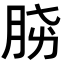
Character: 𣍫